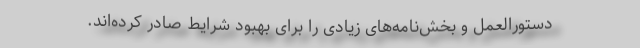
دستورالعمل و بخش‌نامه‌های زیادی را برای بهبود شرایط صادر کرده‌اند.